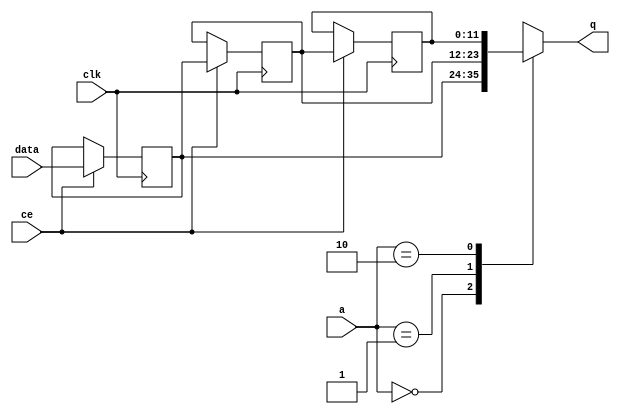
module FIFO_image_filter_img_4_rows_V_shiftReg (
    clk,
    data,
    ce,
    a,
    q);

parameter DATA_WIDTH = 32'd12;
parameter ADDR_WIDTH = 32'd2;
parameter DEPTH = 32'd3;

input clk;
input [DATA_WIDTH-1:0] data;
input ce;
input [ADDR_WIDTH-1:0] a;
output [DATA_WIDTH-1:0] q;

reg[DATA_WIDTH-1:0] SRL_SIG [0:DEPTH-1];
integer i;

always @ (posedge clk)
    begin
        if (ce)
        begin
            for (i=0;i<DEPTH-1;i=i+1)
                SRL_SIG[i+1] <= SRL_SIG[i];
            SRL_SIG[0] <= data;
        end
    end

assign q = SRL_SIG[a];

endmodule